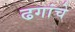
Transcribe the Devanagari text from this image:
ढगांचे